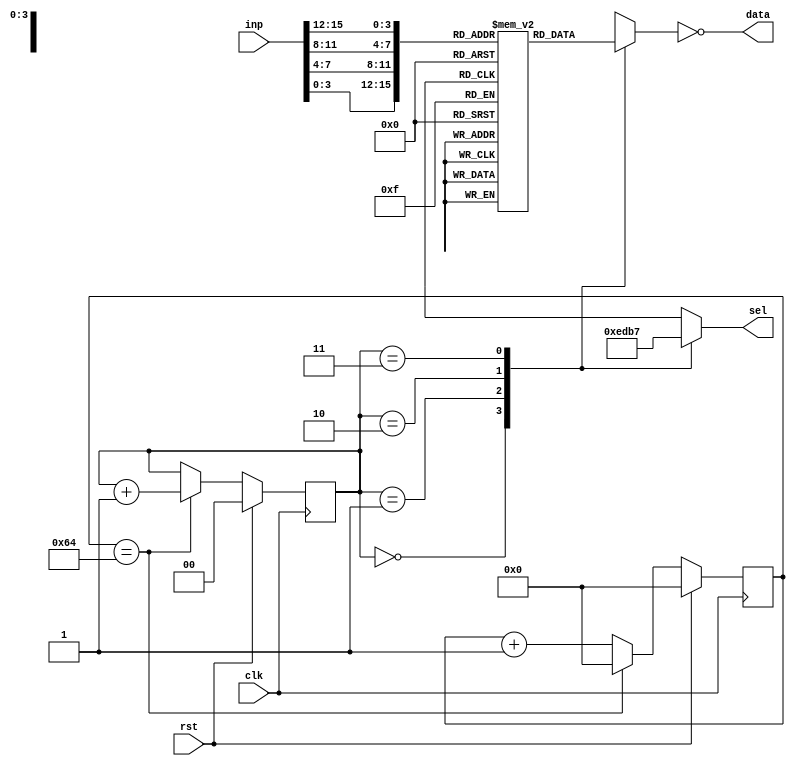
module seven_segment_out #(
    parameter clkdiv_ratio = 100
) (
    input clk,
    input rst,
    input[15:0] inp,
        
    output[3:0] sel,
    output[7:0] data        // P(7), G(6), ... A(0)
);
    
    reg[$clog2(clkdiv_ratio):0] div_count = 0;  // Clock divider count    
    reg[1:0] count                        = 0;  // Digit currently being displayed

    wire[7:0] digits[3:0];
    // Data output multiplexer
    assign data = ~(digits[count]);

    // Select line decoder
    reg[3:0] sel;
    always @(*) begin
        case(count)
            0:      sel <= 4'b1110;
            1:      sel <= 4'b1101;
            2:      sel <= 4'b1011;
            3:      sel <= 4'b0111;
            default:sel <= 4'b0000;
        endcase
    end

    // Counter
    always @(posedge clk) begin
        if(rst) begin
            div_count   <= 0;
            count       <= 0;
        end else if(div_count == clkdiv_ratio) begin
            div_count   <= 0;
            count       <= count + 1;
        end else begin
            div_count   <= div_count + 1;
            count       <= count;
        end
    end

    // Seven segment encoders
    reg[7:0] disp_lut[15:0];
    initial begin
        disp_lut[0]  = 8'h3F;
        disp_lut[1]  = 8'h06;
        disp_lut[2]  = 8'h5B;
        disp_lut[3]  = 8'h4F;
        disp_lut[4]  = 8'h66;
        disp_lut[5]  = 8'h6D;
        disp_lut[6]  = 8'h7D;
        disp_lut[7]  = 8'h07;
        disp_lut[8]  = 8'h7F;
        disp_lut[9]  = 8'h67;
        disp_lut[10] = 8'h77;
        disp_lut[11] = 8'h7C;
        disp_lut[12] = 8'h39;
        disp_lut[13] = 8'h5E;
        disp_lut[14] = 8'h79;
        disp_lut[15] = 8'h71;
    end

    assign digits[0] = disp_lut[inp[3:0]];
    assign digits[1] = disp_lut[inp[7:4]];
    assign digits[2] = disp_lut[inp[11:8]];
    assign digits[3] = disp_lut[inp[15:12]];
    
endmodule